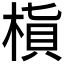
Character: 𬃜